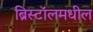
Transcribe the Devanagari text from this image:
ब्रिस्टॉलमधील